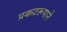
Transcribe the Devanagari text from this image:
प्रकटरूपाने